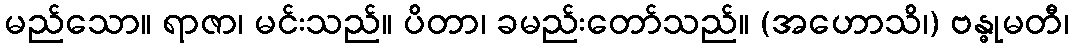
မည်သော။ ရာဇာ၊ မင်းသည်။ ပိတာ၊ ခမည်းတော်သည်။ (အဟောသိ၊) ဗန္ဓုမတီ၊